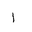
Letter: _alif